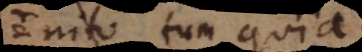
infinito, tum quia